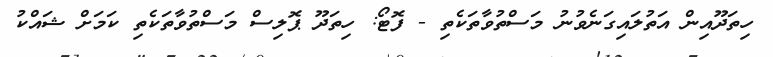
ހިތަދޫއިން އަތުލައިގަނެވުނު މަސްތުވާތަކެތި - ފޮޓޯ: ހިތަދޫ ޕޮލިސް މަސްތުވާތަކެތި ކަމަށް ޝައްކު